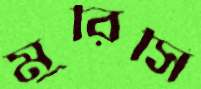
মুরিসি